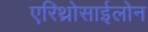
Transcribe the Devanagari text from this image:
एरिथ्रोसाईलोन